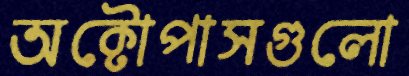
অক্টোপাসগুলো